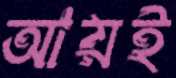
আয়ই